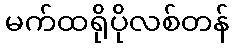
မက်ထရိုပိုလစ်တန်